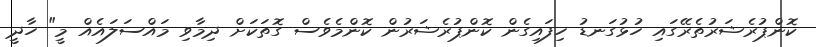
ކޮންޕުރެޝަރުތެރޭގައި ހުޅުގަނޑު ހިފައިގެން ކޮންޕުރެޝަރުން ކޮންމެވެސް ގޮތަކަށް ދިމާވި މައްސަލައެއް މީ" ހާދީ